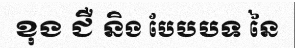
ខុង ជឺ និង បែបបទ នៃ